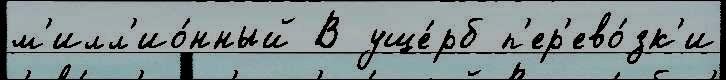
м'илл'ио́нный В уще́рб п'ер'ево́зк'и